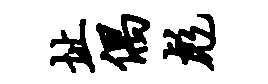
址偶彪